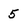
Character: 5